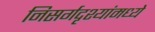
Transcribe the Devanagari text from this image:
निसर्गदृश्यांमध्ये